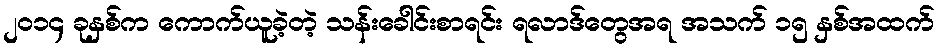
၂၀၁၄ ခုနှစ်က ကောက်ယူခဲ့တဲ့ သန်းခေါင်းစာရင်း ရလာဒ်တွေအရ အသက် ၁၅ နှစ်အထက်